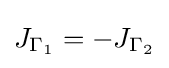
J_{\Gamma _{1}}=-J_{\Gamma _{2}}